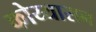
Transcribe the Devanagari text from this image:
कोय्यासन